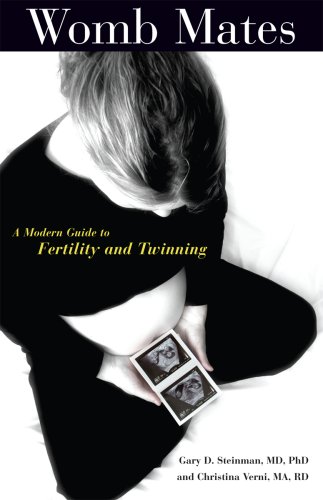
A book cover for Womb Mates: A Modern Guide to Fertility and Twinning; Gary D. Steinman and Christina Verni; Parenting & Relationships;